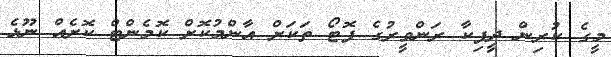
މީގެ ކުރިން ދީޕިކާ ރަންވީރުގެ ފޮޓޯ ތަކަށް އާންމުކޮށް ކޮމެންޓް ކޮށެއް ނޫޅެ